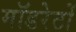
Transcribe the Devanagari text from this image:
मॉडरेटों